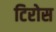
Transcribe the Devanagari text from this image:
टिरोस